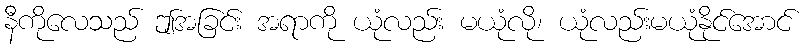
နီကိုလေသည် ဤအခြင်း အရာကို ယုံလည်း မယုံလို၊ ယုံလည်းမယုံနိုင်အောင်